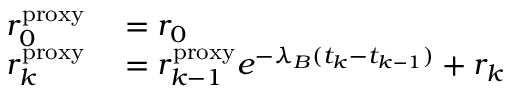
\begin{array} { r l } { r _ { 0 } ^ { \mathrm { p r o x y } } } & { { } = r _ { 0 } } \\ { r _ { k } ^ { \mathrm { p r o x y } } } & { { } = r _ { k - 1 } ^ { \mathrm { p r o x y } } e ^ { - \lambda _ { B } ( t _ { k } - t _ { k - 1 } ) } + r _ { k } } \end{array}